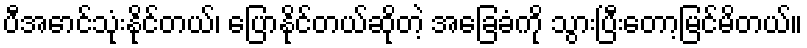
ပီအောင်သုံးနိုင်တယ်၊ ပြောနိုင်တယ်ဆိုတဲ့ အခြေခံကို သွားပြီးတော့မြင်မိတယ်။